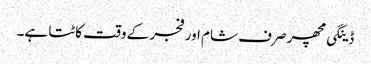
ڈینگی مچھر صرف شام اور فجر کے وقت کاٹتا ہے۔